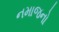
નમાજનો